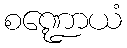
စဏ္ဍောယံ